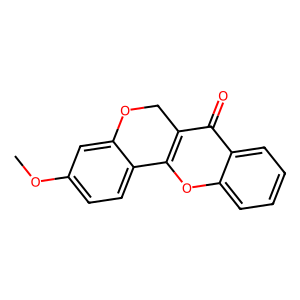
SMILES: COc1ccc2c(c1)OCc1c-2oc2ccccc2c1=O
Inhibits HIV replication: No